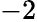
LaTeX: \mathrm{-2}